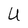
Character: U